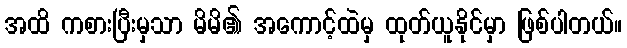
အထိ ကစားပြီးမှသာ မိမိ၏ အကောင့်ထဲမှ ထုတ်ယူနိုင်မှာ ဖြစ်ပါတယ်။